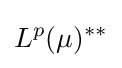
L^{p}(\mu )^{**}